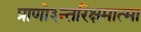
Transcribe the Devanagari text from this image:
प्राणो३न्तरिक्षमात्मा